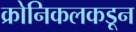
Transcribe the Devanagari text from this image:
क्रोनिकलकडून